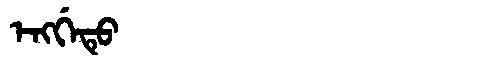
Manchu: ᡝᠩᡤᡝᡨᡠ
Romanization: ENGGETU